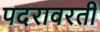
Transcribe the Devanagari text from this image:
पदरावरती